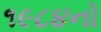
૧૯૮૪નો